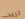
تريد